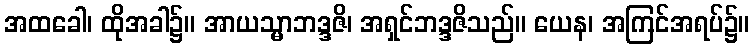
အထခေါ၊ ထိုအခါ၌။ အာယသ္မာဘဒ္ဒဇိ၊ အရှင်ဘဒ္ဒဇိသည်။ ယေန၊ အကြင်အရပ်၌။